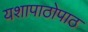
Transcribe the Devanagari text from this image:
यशापाठोपाठ